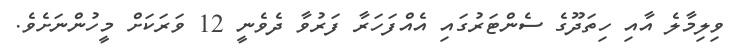
ވިލިމާލެ އާއި ހިތަދޫގެ ސެންޓަރުގައި އެއްފަހަރާ ފަރުވާ ދެވެނީ 12 ވަރަކަށް މީހުންނަށެވެ.